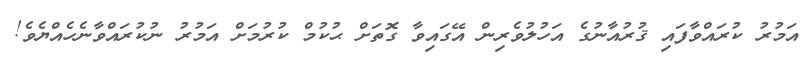
އަމުރު ކުރައްވާފައި ޤުރުއާނުގެ އަހުލުވެރިން އޭގައިވާ ގޮތަށް ޙުކުމް ކުރުމަށް އަމުރު ނުކުރައްވާނެހެއްޔެވެ!